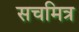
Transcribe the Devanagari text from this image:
सचमित्र